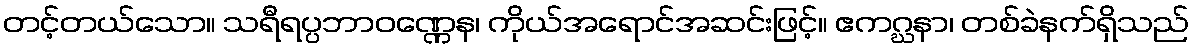
တင့်တယ်သော။ သရီရပ္ပဘာဝဏ္ဏေန၊ ကိုယ်အရောင်အဆင်းဖြင့်။ ဧကဂ္ဃနာ၊ တစ်ခဲနက်ရှိသည်